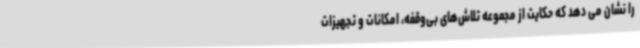
را نشان می دهد که حکایت از مجموعه تلاش‌های بی‌وقفه، امکانات‌ و تجهیزات